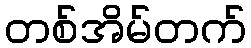
တစ်အိမ်တက်